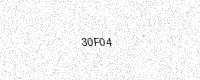
Text: 30F04